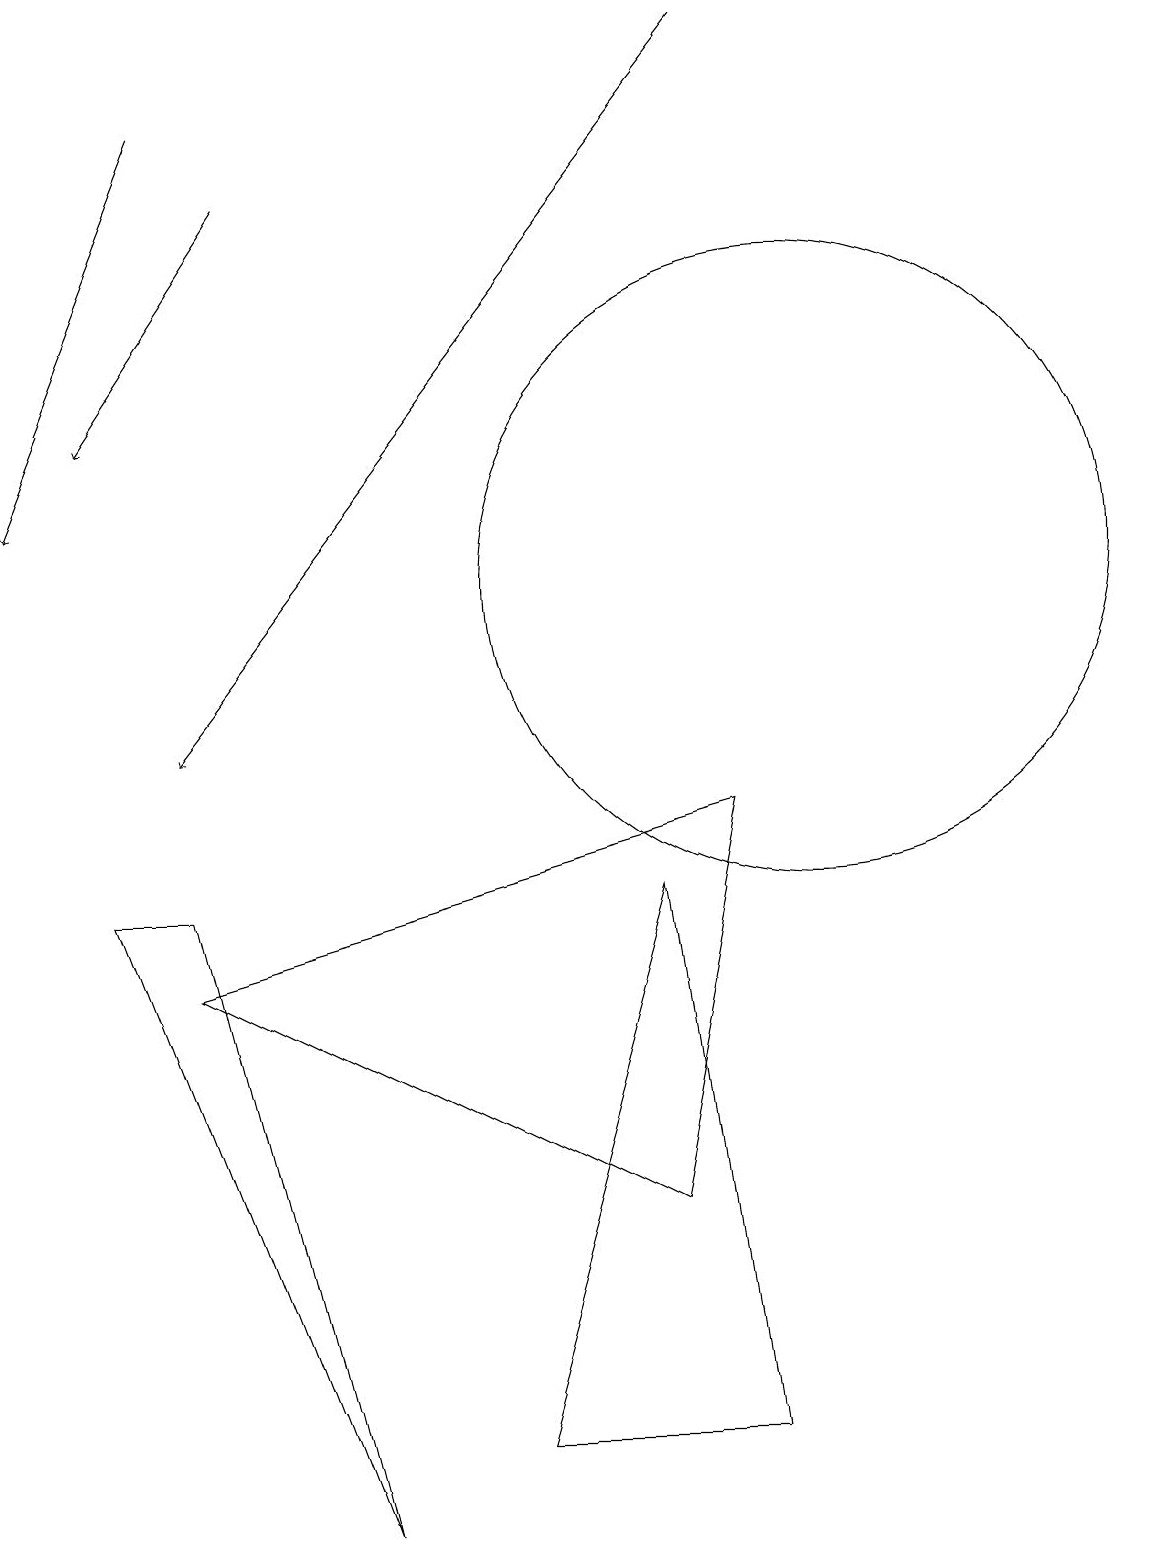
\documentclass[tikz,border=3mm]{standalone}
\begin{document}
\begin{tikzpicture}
\draw[->] (3,17) -- (1,14);
\draw (10,12) circle (4);
\draw[->] (2,18) -- (0,13);
\draw (6,1) -- (9,1) -- (8,8) -- cycle;
\draw (2,7) -- (9,9) -- (8,4) -- cycle;
\draw (2,8) -- (1,8) -- (4,0) -- cycle;
\draw[->] (9,19) -- (2,10);
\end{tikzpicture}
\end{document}